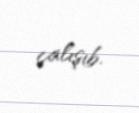
çalışıb.